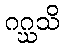
ဂဂ္ဃသိ